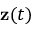
\mathbf { z } ( t )